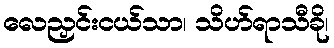
လေညှင်းငယ်သာ၊ သိဟ်ရာသီခို၊